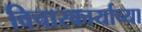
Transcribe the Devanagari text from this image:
विचारकार्याच्या